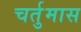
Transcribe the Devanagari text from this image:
चर्तुमास